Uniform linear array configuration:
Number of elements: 12
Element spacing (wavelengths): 1
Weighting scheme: cosine
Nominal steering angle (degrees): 15
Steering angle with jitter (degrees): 14.939
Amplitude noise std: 0.05
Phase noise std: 0.05

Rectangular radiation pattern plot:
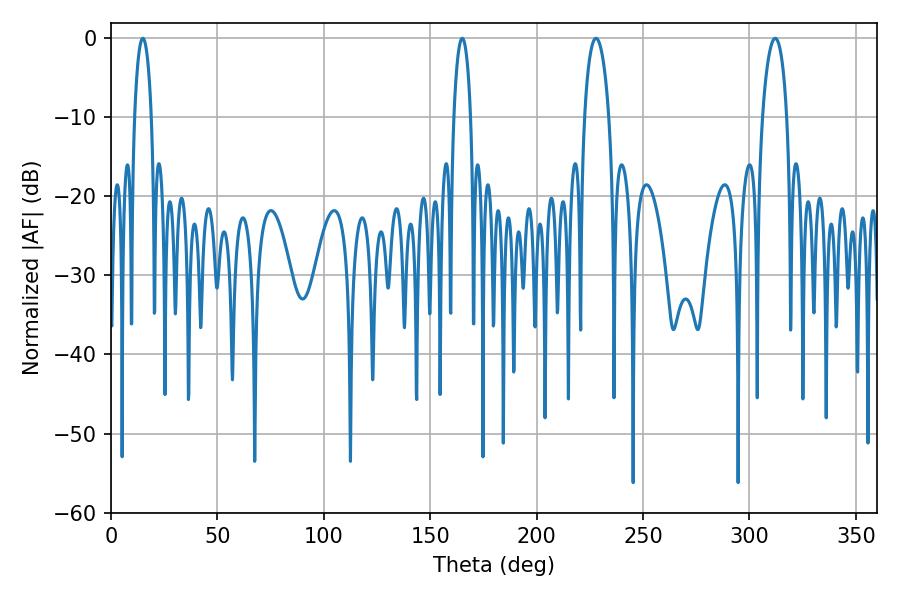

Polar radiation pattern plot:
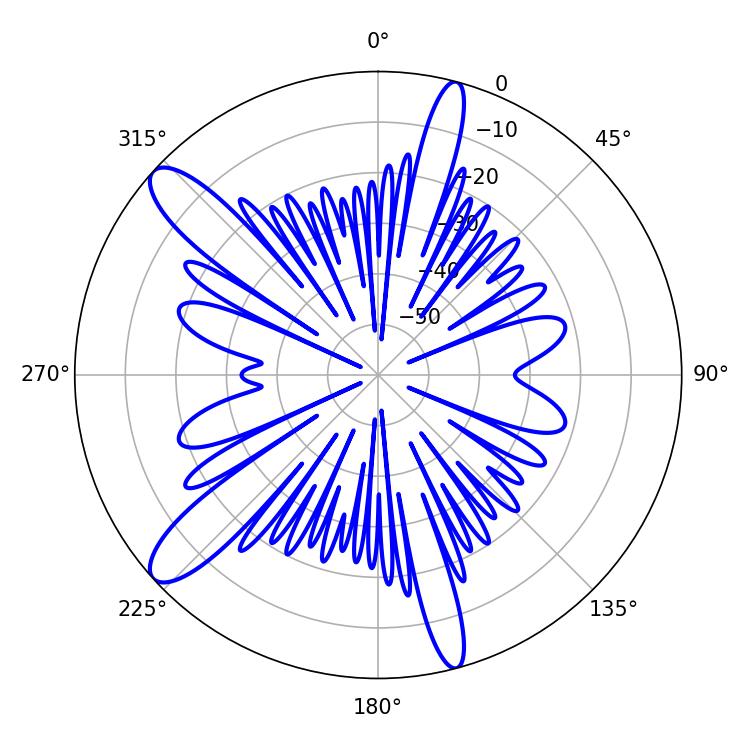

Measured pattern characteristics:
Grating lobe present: TRUE
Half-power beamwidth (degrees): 6.48
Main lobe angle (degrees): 227.88